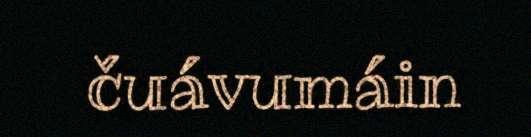
čuávumáin